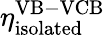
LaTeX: \eta_{\mathrm{isolated}}^{\mathrm{VB-VCB}}